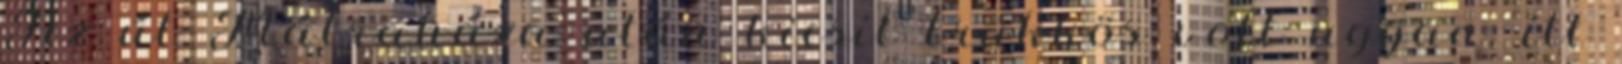
Az út Mátraháza után kicsit trükkös volt ugyan, itt